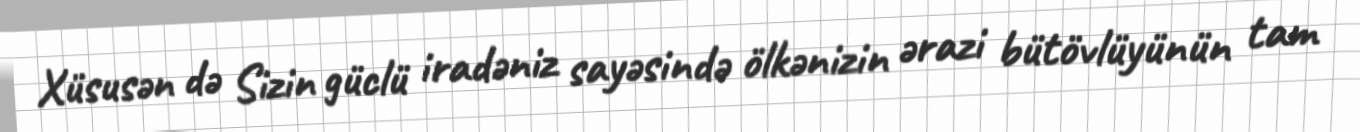
Xüsusən də Sizin güclü iradəniz sayəsində ölkənizin ərazi bütövlüyünün tam